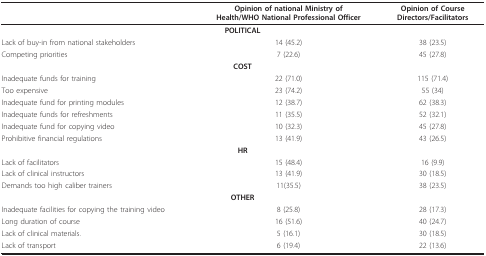
|  | Opinion of national Ministry of Health/WHO National Professional Officer | Opinion of Course Directors/Facilitators |
 | --- | --- | --- |
 | <COLSPAN=3> POLITICAL |
 | Lack of buy-in from national stakeholders | 14 (45.2) | 38 (23.5) |
 | Competing priorities | 7 (22.6) | 45 (27.8) |
 | <COLSPAN=3> COST |
 | Inadequate funds for training | 22 (71.0) | 115 (71.4) |
 | Too expensive | 23 (74.2) | 55 (34) |
 | Inadequate fund for printing modules | 12 (38.7) | 62 (38.3) |
 | Inadequate funds for refreshments | 11 (35.5) | 52 (32.1) |
 | Inadequate fund for copying video | 10 (32.3) | 45 (27.8) |
 | Prohibitive financial regulations | 13 (41.9) | 43 (26.5) |
 | <COLSPAN=3> HR |
 | Lack of facilitators | 15 (48.4) | 16 (9.9) |
 | Lack of clinical instructors | 13 (41.9) | 30 (18.5) |
 | Demands too high caliber trainers | 11(35.5) | 38 (23.5) |
 | <COLSPAN=3> OTHER |
 | Inadequate facilities for copying the training video | 8 (25.8) | 28 (17.3) |
 | Long duration of course | 16 (51.6) | 40 (24.7) |
 | Lack of clinical materials. | 5 (16.1) | 30 (18.5) |
 | Lack of transport | 6 (19.4) | 22 (13.6) |